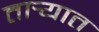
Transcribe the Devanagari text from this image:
तार्‍यात